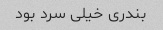
بندری خیلی سرد بود